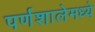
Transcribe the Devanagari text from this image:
पर्णशालेमध्ये